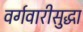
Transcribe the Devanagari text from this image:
वर्गवारीसुद्धा